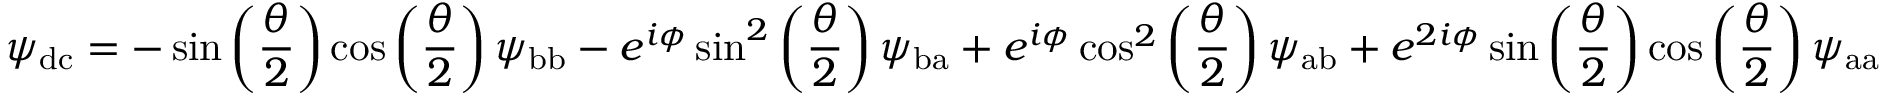
\psi _ { \mathrm { d c } } = - \sin \left( \frac { \theta } { 2 } \right) \cos \left( \frac { \theta } { 2 } \right) \psi _ { \mathrm { b b } } - e ^ { i \phi } \sin ^ { 2 } \left( \frac { \theta } { 2 } \right) \psi _ { \mathrm { b a } } + e ^ { i \phi } \cos ^ { 2 } \left( \frac { \theta } { 2 } \right) \psi _ { \mathrm { a b } } + e ^ { 2 i \phi } \sin \left( \frac { \theta } { 2 } \right) \cos \left( \frac { \theta } { 2 } \right) \psi _ { \mathrm { a a } }